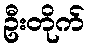
ဦးတိုက်